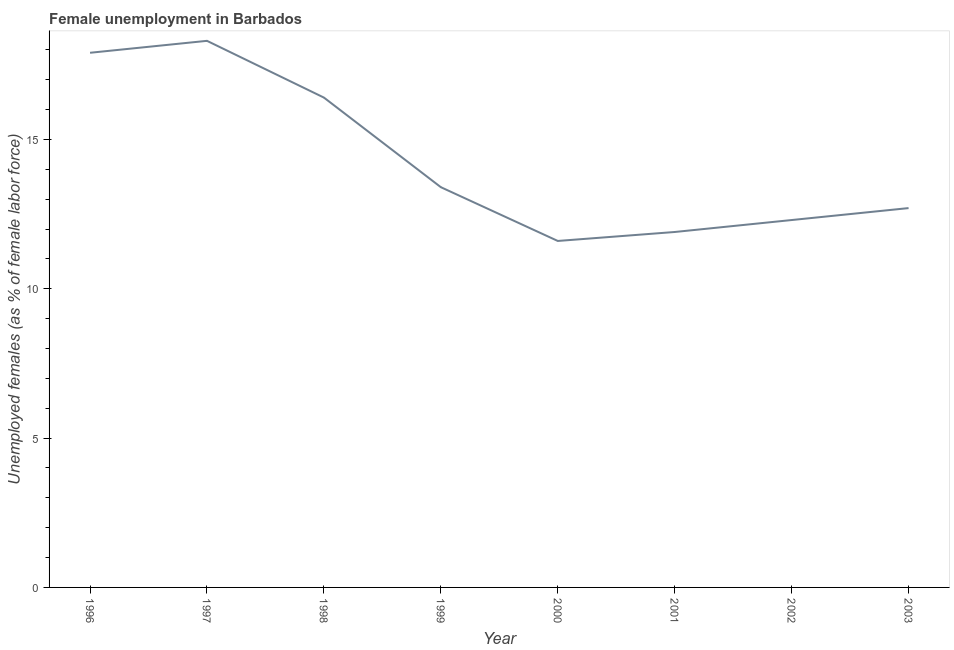
| Year | Unemployment |
 | --- | --- |
 | 1996 | 17.9 |
 | 1997 | 18.3 |
 | 1998 | 16.4 |
 | 1999 | 13.4 |
 | 2000 | 11.6 |
 | 2001 | 11.9 |
 | 2002 | 12.3 |
 | 2003 | 12.7 |